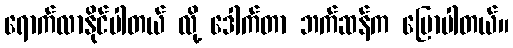
ရောက်လာနိုင်ပါတယ် လို့ ဒေါက်တာ ဘက်ဆန်က ပြောပါတယ်။